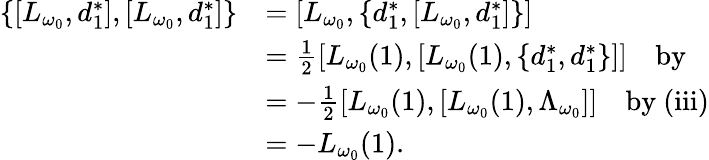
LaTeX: \begin{array}{rl}{\{ [L_{\omega_{0}},d_{1}^{*}],[L_{\omega_{0}},d_{1}^{*}]\} }&{=[L_{\omega_{0}},\{ d_{1}^{*},[L_{\omega_{0}},d_{1}^{*}]\} ]}\\ &{=\frac 12[L_{\omega_{0}}(1),[L_{\omega_{0}}(1),\{ d_{1}^{*},d_{1}^{*}\} ]]\quad\mathrm{by~}}\\ &{=-\frac 12[L_{\omega_{0}}(1),[L_{\omega_{0}}(1),\Lambda_{\omega_{0}}]]\quad\mathrm{by~(iii)}}\\ &{=-L_{\omega_{0}}(1).}\end{array}